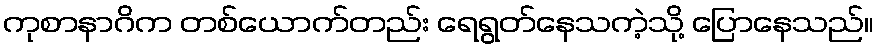
ကုစာနာဂိက တစ်ယောက်တည်း ရေရွတ်နေသကဲ့သို့ ပြောနေသည်။